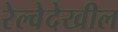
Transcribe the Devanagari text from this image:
रेल्वेदेखील